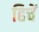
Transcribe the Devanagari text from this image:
हिचें